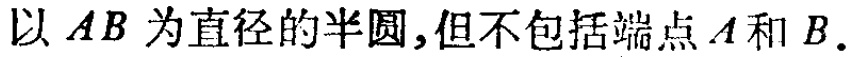
以 \(AB\) 为直径的半圆,但不包括端点 \(A\) 和 \(B\). 这句话的LATEX格式为：以 \(AB\) 为直径的半圆，但不包括端点 \(A\) 和 \(B\)（这里没有复杂数学符号等，原样表述即可，若强调半圆可写成\(\overset{\frown}{AB}\)（不包含端点\(A,B\)） ）  。但按照要求只回复：以 \(AB\) 为直径的半圆，但不包括端点 \(A\) 和 \(B\)（不包含端点\(A,B\)）